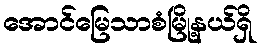
အောင်မြေသာစံမြို့နယ်ရှိ